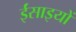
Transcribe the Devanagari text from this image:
ईंसाइयों